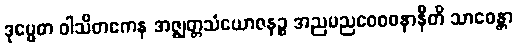
ဒုမ္မေဓာ ဝါသိတကေန အဇ္ဈတ္တသံယောဇနဉ္စ အညမညဝေဝစနာနီတိ သာဓေန္တာ